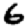
Digit: 6